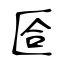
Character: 匼